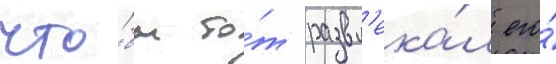
что́бы то́т развл'ека́л его́